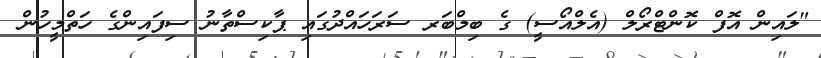
"ލައިން އޮފް ކޮންޓްރޯލް (އެލްއޯސީ) ގެ ބިމްބަރ ސަރަހައްދުގައި ޕާކިސްތާނު ސިފައިންގެ ހަތްމީހުން